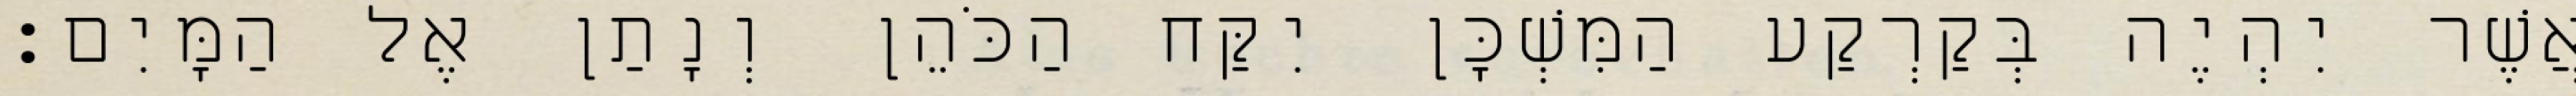
אֲשֶׁר יִהְיֶה בְּקַרְקַע הַמִּשְׁכָּן יִקַּח הַכֹּהֵן וְנָתַן אֶל הַמָּיִם׃